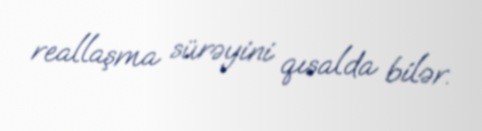
reallaşma sürəyini qısalda bilər.